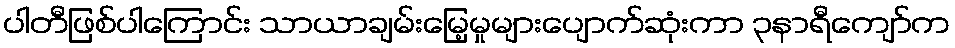
ပါတီဖြစ်ပါကြောင်း သာယာချမ်းမြေ့မှုများပျောက်ဆုံးကာ ၃နာရီကျော်က